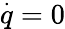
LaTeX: \overset{\cdot}{q}=0